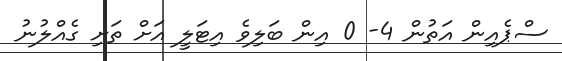
ސްޕެއިން އަތުން 4- 0 އިން ބަލިވެ އިޓަލީ އަށް ތަށި ގެއްލުނު